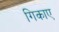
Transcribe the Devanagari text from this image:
गिकाए